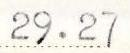
29.27